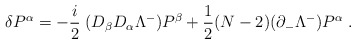
\begin{align*}\delta P^\alpha = -{i\over 2}\;(D_\beta D_\alpha \Lambda^-) P^\beta+ {1\over 2} (N-2) (\partial_- \Lambda^-) P^\alpha \;.\end{align*}